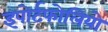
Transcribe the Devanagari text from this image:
इपोर्टफोलियो